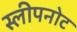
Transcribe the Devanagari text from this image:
स्लीपनोट